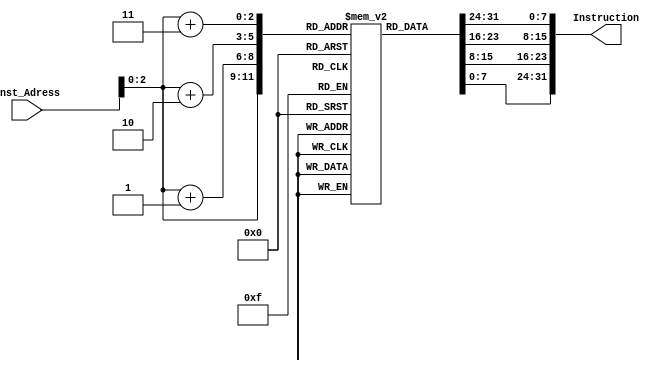
module Instruction_memory(
input [63:0] Inst_Adress,
output reg [31:0] Instruction
);

reg [7:0]Array[7:0]; 
  initial 
    begin 
        


        Array[0] =8'b10000011; 
        Array[1] =8'b00100001; 
        Array[2] =8'b00000100; 
        Array[3] =8'b00000000; 

        Array[4] =8'b00110011; 
        Array[5] =8'b10000010; 
        Array[6] =8'b00010001; 
        Array[7] =8'b00000000; 

        
    end 



always @ (Inst_Adress)
begin
	
	Instruction={Array[Inst_Adress+3],Array[Inst_Adress+2], Array[Inst_Adress+1],Array[Inst_Adress]};
end
endmodule